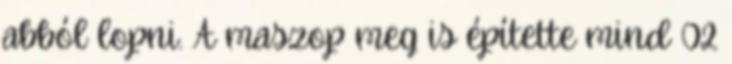
abból lopni. A maszop meg is építette mind 02